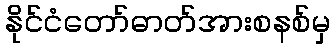
နိုင်ငံတော်ဓာတ်အားစနစ်မှ